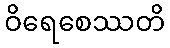
ဝိရေစေဿတိ